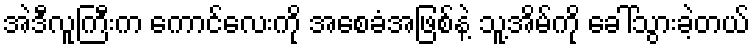
အဲဒီလူကြီးက ကောင်လေးကို အစေခံအဖြစ်နဲ့ သူ့အိမ်ကို ခေါ်သွားခဲ့တယ်